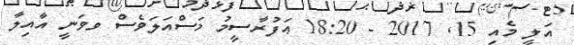
އަލީ މެއި 15